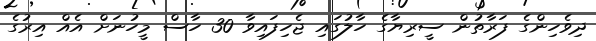
ދިވެހިންގެ ފަރާތުން ސީރިޔާގެ ހާލުގައި ޖެހިފައިވާ 30 ހާސް މީހުނަށް އެއް އިރުގެ